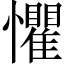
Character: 懼